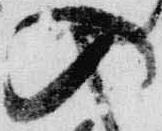
入